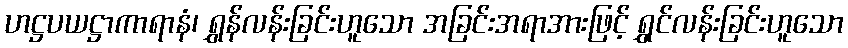
ဟဋ္ဌပယဋ္ဌာကာရာနံ၊ ရွှန်လန်းခြင်းဟူသော အခြင်းအရာအားဖြင့် ရွှင်လန်းခြင်းဟူသော